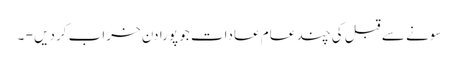
سونے سے قبل کی چند عام عادات جو پورا دن خراب کردیں - ۔